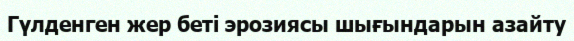
Гүлденген жер беті эрозиясы шығындарын азайту